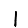
Digit: 1